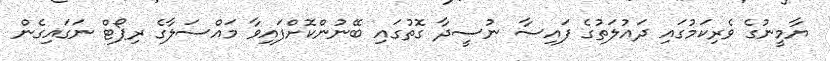
ޔާމީނުގެ ވެރިކަމުގައި ދައުލަތުގެ ފައިސާ ނުސީދާ ގޮތުގައި ބޭނުންކޮށްފައިވާ މައްސަލާގެ ރިޕޯޓް ނަގައިގެން